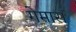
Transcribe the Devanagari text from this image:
गेमारा